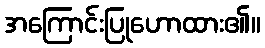
အကြောင်းပြုဟောထား၏။